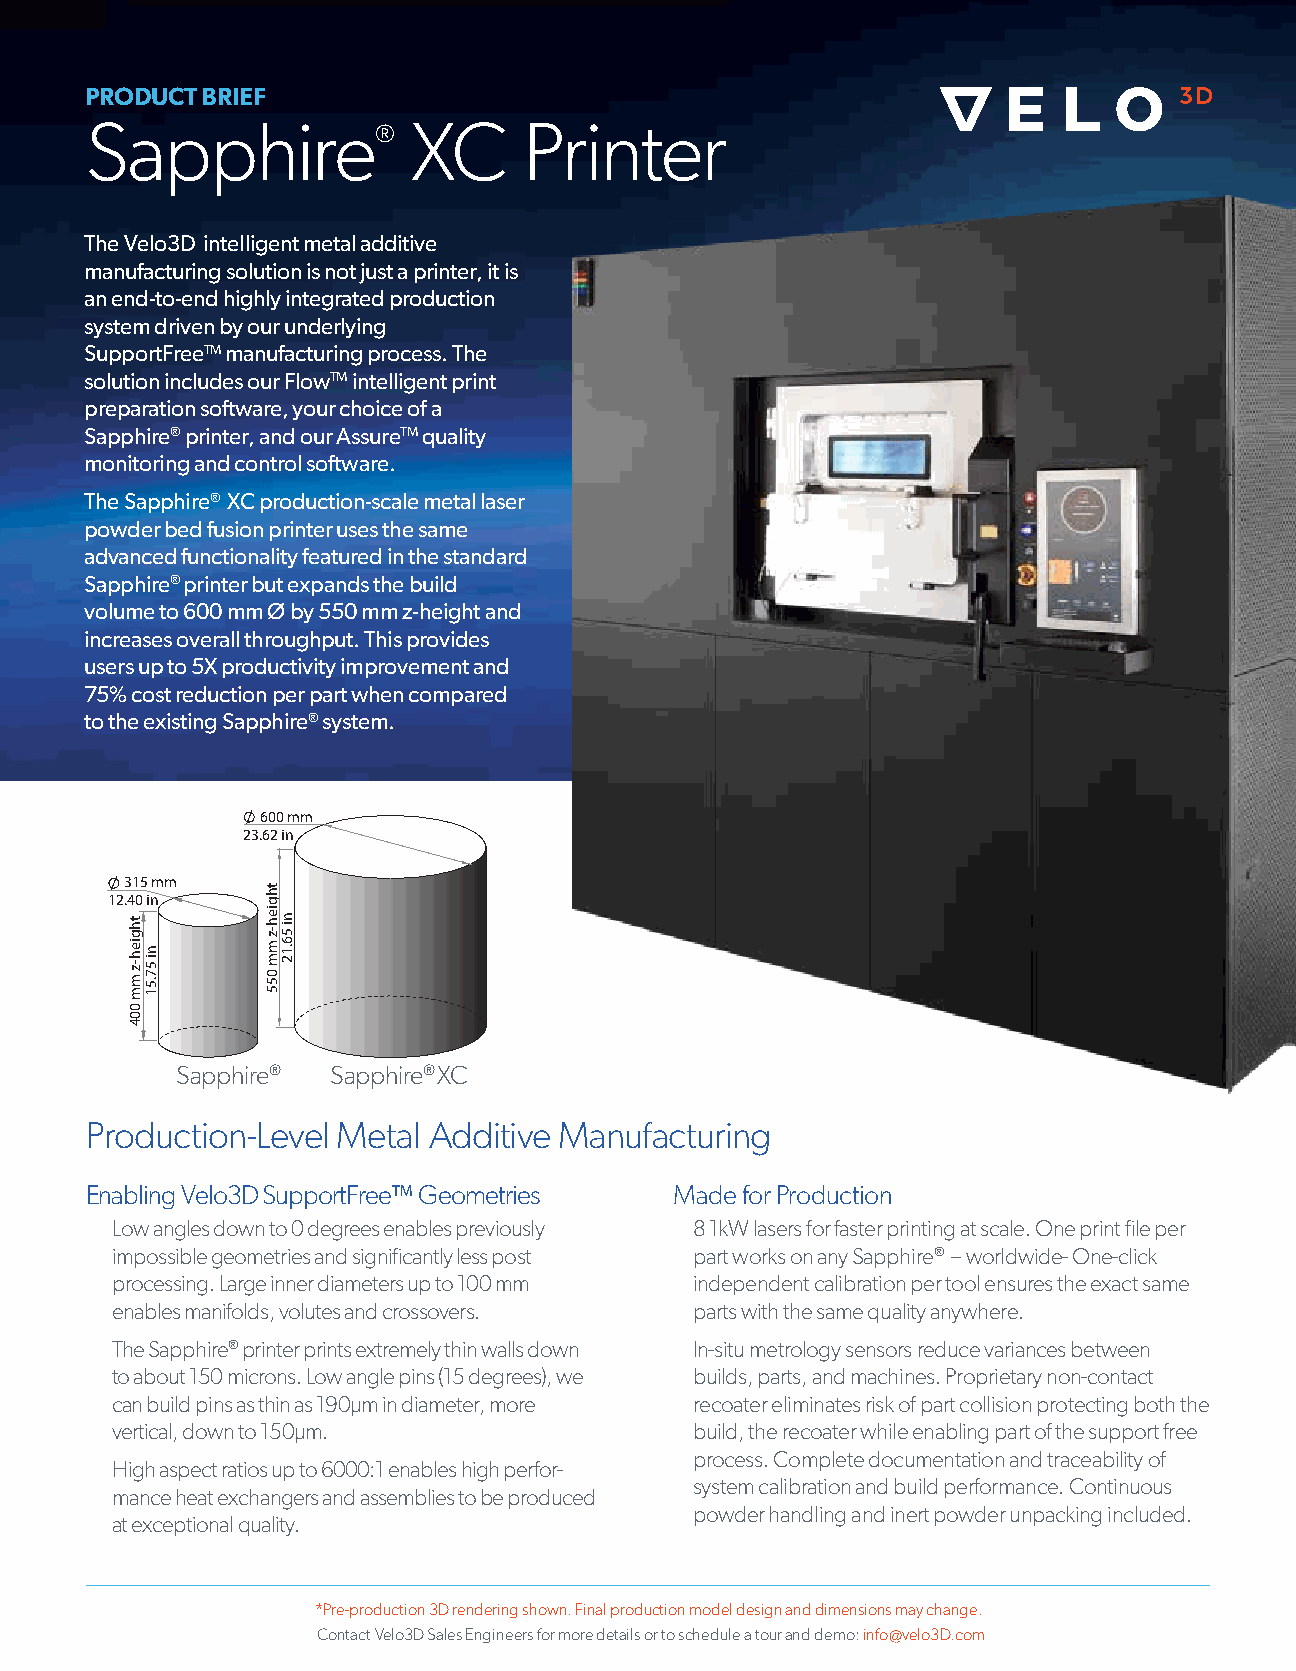
PRODUCT BRIEF
 Sapphire®            XC      Printer
 The Velo3D intelligent metal additive
 manufacturing solution is not just a printer, it is
 an end-to-end highly integrated production
 system driven by our underlying
 SupportFreeTM manufacturing process. The
 solution includes our FlowTM intelligent print
 preparation software, your choice of a
 Sapphire® printer, and our AssureTM quality
 monitoring and control software.
 The Sapphire® XC production-scale metal laser
 powder bed fusion printer uses the same
 advanced functionality featured in the standard
 Sapphire® printer but expands the build
 volume to 600 mm Ø by 550 mm z-height and
 increases overall throughput. This provides
 users up to 5X productivity improvement and
 75% cost reduction per part when compared
 to the existing Sapphire® system.
 600 mm
 23.62 in
 315 mm
 12.40 in
 (*)
 Sapphire® Sapphire® XC
 Production-Level Metal Additive Manufacturing
 Enabling Velo3D SupportFree™ Geometries Made for Production
 Low angles down to 0 degrees enables previously 8 1kW lasers for faster printing at scale. One print file per
 impossible geometries and significantly less post part works on any Sapphire® – worldwide- One-click
 processing. Large inner diameters up to 100 mm independent calibration per tool ensures the exact same
 enables manifolds, volutes and crossovers. parts with the same quality anywhere.
 The Sapphire® printer prints extremely thin walls down In-situ metrology sensors reduce variances between
 to about 150 microns. Low angle pins (15 degrees), we builds, parts, and machines. Proprietary non-contact
 can build pins as thin as 190µm in diameter, more recoater eliminates risk of part collision protecting both the
 vertical, down to 150µm.               build, the recoater while enabling part of the support free
 process. Complete documentation and traceability of
 High aspect ratios up to 6000:1 enables high perfor-
 system calibration and build performance. Continuous
 mance heat exchangers and assemblies to be produced
 powder handling and inert powder unpacking included.
 at exceptional quality.
 *Pre-production 3D rendering shown. Final production model design and dimensions may change.
 Contact Velo3D Sales Engineers for more details or to schedule a tour and demo: info@velo3D.com
 thgieh-z
 mm
 004
 ni
 57.51
 thgieh-z
 mm
 055
 ni
 56.12